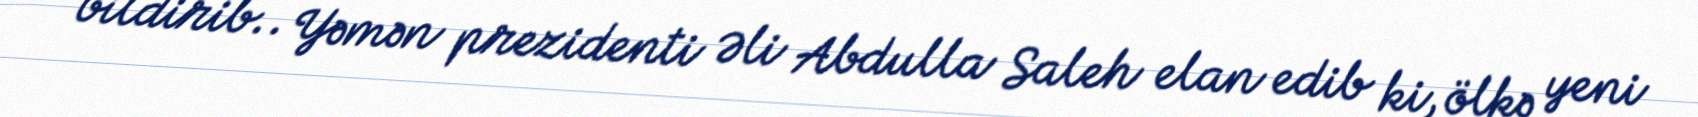
bildirib.. Yəmən prezidenti Əli Abdulla Saleh elan edib ki, ölkə yeni